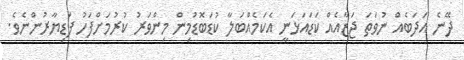
ދޭނެ އަދަބެއް ނުވަތަ ޖަޒާއެއް ކަޑައަޅަނީ އެކަމެއްބަލާ ކުޑަބޮޑުމިން މިންވަރު ކުރުމަށްފަހު ފަޑިޔާރުންނެވެ.